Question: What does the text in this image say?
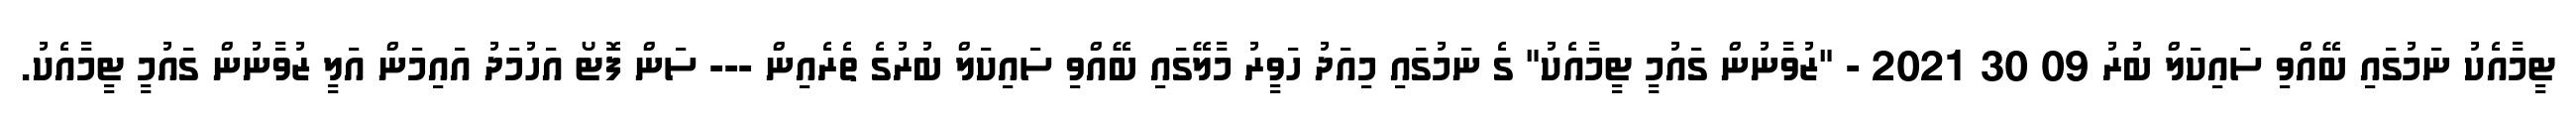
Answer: ޓީމާއެކު ނަމުގައި ބޭއްވި ސައިކަލް ބުރު 09 30 2021 - "ޒުވާނުން ގައުމީ ޓީމާއެކު" ގެ ނަމުގައި މިއަދު ހަވީރު މާލޭގައި ބޭއްވި ސައިކަލް ބުރުގެ ތެރެއިން --- ސަން ފޮޓޯ އަހުމަދު އައިމަން އަލީ ޒުވާނުން ގައުމީ ޓީމާއެކު.